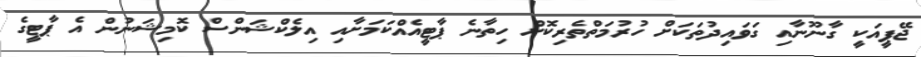
ޖޭޕީއަކީ ގާނޫނާއި ގަވައިދުތަކަށް ހުރުމަތްތެރިކޮށް ހިތާނެ ޕާޓީއެއްކަމަށާއި އިލެކްޝަންސް ކޮމިޝަނުން އެ ޕާޓީގެ